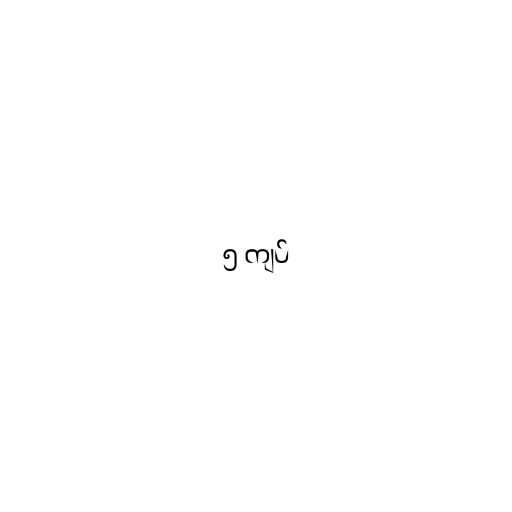
၅ ကျပ်